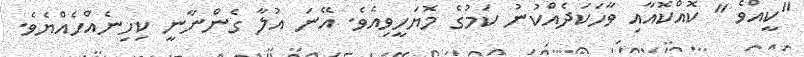
"ކީއްވެ " ކޮއްކޮއާއި ވާހަކަދެއްކުނު ކަމުގެ މޮޔަހީވިއެވެ. އޭނަ އުލާ ގެންނާނީ ކިހިނެއްހެއްޔެވެ.